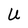
Character: U